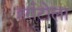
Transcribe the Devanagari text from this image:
हर्राटोला